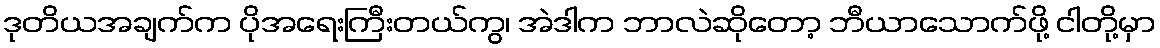
ဒုတိယအချက်က ပိုအရေးကြီးတယ်ကွ၊ အဲဒါက ဘာလဲဆိုတော့ ဘီယာသောက်ဖို့ ငါတို့မှာ